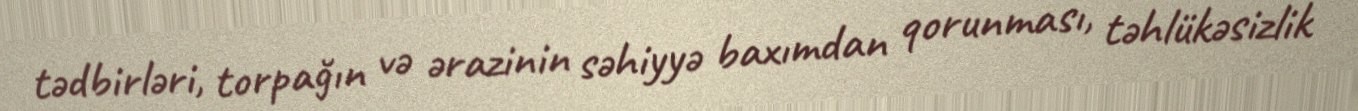
tədbirləri, torpağın və ərazinin səhiyyə baxımdan qorunması, təhlükəsizlik